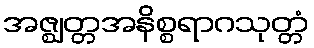
အဇ္ဈတ္တအနိစ္စရာဂသုတ္တံ